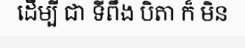
ដើម្បី ជា ទីពឹង បិតា ក៏ មិន